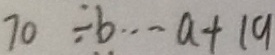
7 0 \div b \cdots a + 1 9